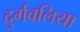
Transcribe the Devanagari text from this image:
दुर्गवलिया